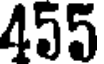
455